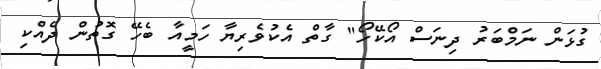
ގުޅަން ނަމްބަރު ދިނަސް އޯކޭހޯ" ގާތް އެކުވެރިޔާ ހަމީއާ ބެހޭ ގޮތުން ދެއްކި